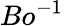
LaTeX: Bo^{-1}